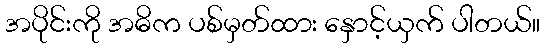
အပိုင်းကို အဓိက ပစ်မှတ်ထား နှောင့်ယှက် ပါတယ်။